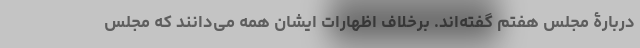
دربارۀ مجلس هفتم گفته‌اند. برخلاف اظهارات ایشان همه می‌دانند که مجلس